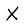
Character: X